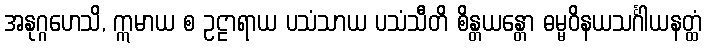
အနုဂ္ဂဟေသိ, ဣမာယ စ ဥဠာရာယ ပသံသာယ ပသံသီတိ စိန္တယန္တော ဓမ္မဝိနယသင်္ဂါယနတ္ထံ